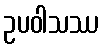
ဥပဝါသဿ